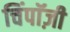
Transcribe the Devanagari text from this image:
चिंपाॅज़ी